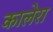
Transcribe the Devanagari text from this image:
कालेरा